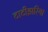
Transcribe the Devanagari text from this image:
टाटीझरिया